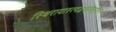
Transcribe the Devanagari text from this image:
स्थिरायास्त्वद्भक्तेस्त्रिपुरहर